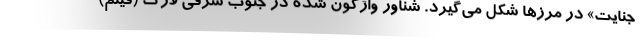
جنایت» در مرزها شکل می‌گیرد. شناور واژگون شده در جنوب شرقی لارک (فیلم)